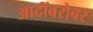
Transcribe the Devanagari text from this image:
आदींबरोबर